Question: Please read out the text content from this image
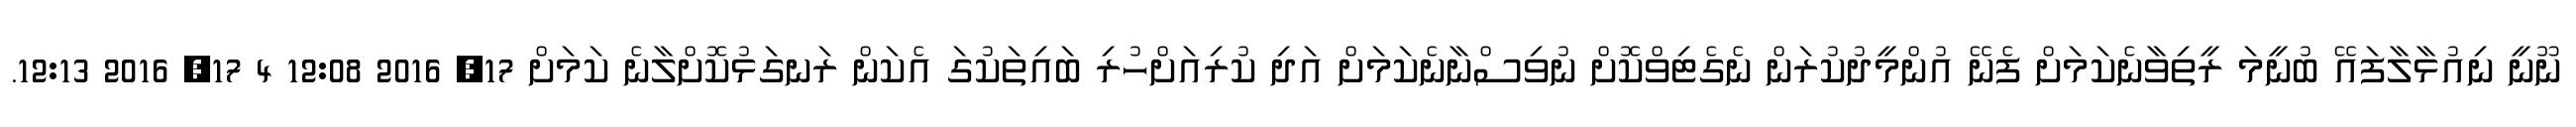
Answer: ނޫނީ ނިއުޅާލާފައޭ ބުނީމަ ރީތިވާނެކަމަށް ފެނޭ އުންމީދުކުރަން ނެގެޓިވްކޮށް ނުވިސްނާނެކަމަށް އަދި ކުރިއަށްހުރި ބައިތަކުގަ އެކަން ރަނގަޅުކޮށްލާނެ ކަމަށް 17, 2016 12:08 4 17, 2016 12:13.